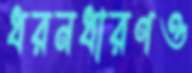
ধরনধারণও